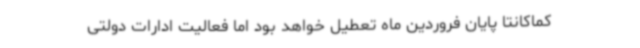
کماکانتا پایان فروردین ماه تعطیل خواهد بود اما فعالیت ادارات دولتی